Civil Veterinary Dept. Bombay admin report 1914-1922 - 1914-1922
Year: 1914
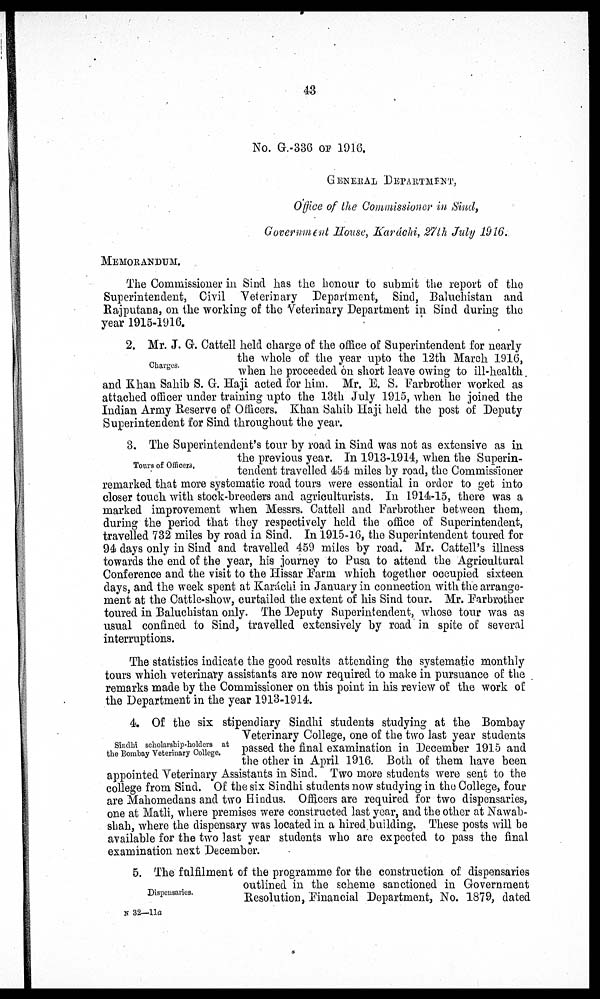
43
No. G.-336 OF 1916.
GENERAL DEPARTMENT,
Office of the Commissioner in Sind,
Government House, Karáchi, 27th July 1916.
MEMORANDUM.
The Commissioner in Sind has the honour to submit the report of the
Superintendent, Civil Veterinary Department, Sind, Baluchistan and
Rajputana, on the working of the Veterinary Department in Sind during the
year 1915-1916.
Charges.
2. Mr. J. G. Cattell held charge of the office of Superintendent for nearly
the whole of the year upto the 12th March 1916,
when he proceeded on short leave owing to ill-health
and Khan Sahib S. G. Haji acted for him. Mr. E. S. Farbrother worked as
attached officer under training upto the 13th July 1915, when he joined the
Indian Army Reserve of Officers. Khan Sahib Haji held the post of Deputy
Superintendent for Sind throughout the year.
Tours of Officers.
3. The Superintendent's tour by road in Sind was not as extensive as in
the previous year. In 1913-1914, when the Superin-
tendent travelled 454 miles by road, the Commissioner
remarked that more systematic road tours were essential in order to get into
closer touch with stock-breeders and agriculturists. In 1914-15, there was a
marked improvement when Messrs. Cattell and Farbrother between them,
during the period that they respectively held the office of Superintendent,
travelled 732 miles by road in Sind. In 1915-16, the Superintendent toured for
94 days only in Sind and travelled 459 miles by road. Mr. Cattell's illness
towards the end of the year, his journey to Pusa to attend the Agricultural
Conference and the visit to the Hissar Farm which together occupied sixteen
days, and the week spent at Karáchi in January in connection with the arrange-
ment at the Cattle-show, curtailed the extent of his Sind tour. Mr. Farbrother
toured in Baluchistan only. The Deputy Superintendent, whose tour was as
usual confined to Sind, travelled extensively by road in spite of several
interruptions.
The statistics indicate the good results attending the systematic monthly
tours which veterinary assistants are now required to make in pursuance of the
remarks made by the Commissioner on this point in his review of the work of
the Department in the year 1913-1914.
Sindhi scholarship-holders at
the Bombay Veterinary College.
4. Of the six stipendiary Sindhi students studying at the Bombay
Veterinary College, one of the two last year students
passed the final examination in December 1915 and
the other in April 1916. Both of them have been
appointed Veterinary Assistants in Sind. Two more students were sent to the
college from Sind. Of the six Sindhi students now studying in the College, four
are Mahomedans and two Hindus. Officers are required for two dispensaries,
one at Matli, where premises were constructed last year, and the other at Nawab-
shah, where the dispensary was located in a hired building. These posts will be
available for the two last year students who are expected to pass the final
examination next December.
Dispensaries.
5. The fulfilment of the programme for the construction of dispensaries
outlined in the scheme sanctioned in Government
Resolution, Financial Department, No. 1879, dated
N 32—11a